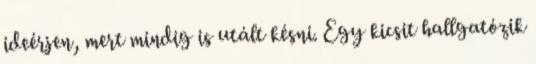
ideérjen, mert mindig is utált késni. Egy kicsit hallgatózik